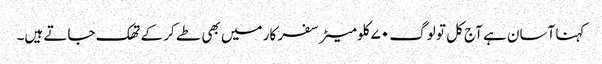
کہنا آسان ہے آج کل تو لوگ ۷۰ کلومیٹر سفر کار میں بھی طے کر کے تھک جاتے ہیں۔